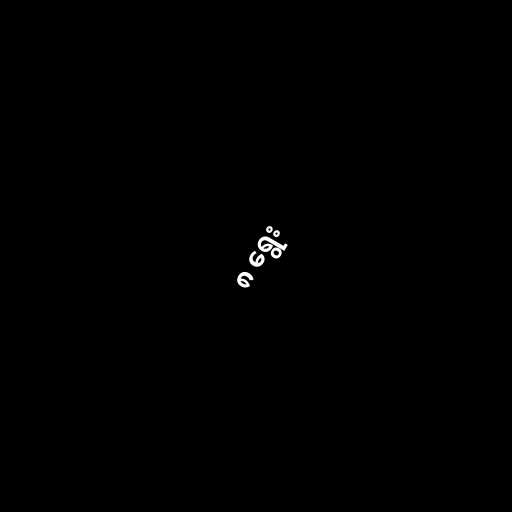
၈ ရွေး